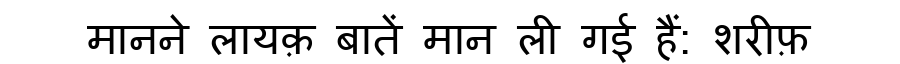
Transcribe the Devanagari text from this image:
मानने लायक़ बातें मान ली गई हैं: शरीफ़